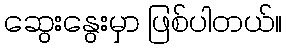
ဆွေးနွေးမှာ ဖြစ်ပါတယ်။